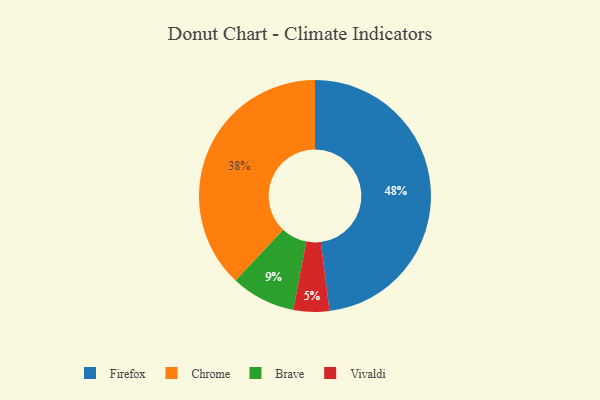
{"axis": {"x": "Category", "y": "Percentage"}, "legend": ["Brave", "Chrome", "Firefox", "Vivaldi"], "data": [{"x": "Vivaldi", "y": 5, "type": "Vivaldi"}, {"x": "Brave", "y": 9, "type": "Brave"}, {"x": "Chrome", "y": 38, "type": "Chrome"}, {"x": "Firefox", "y": 48, "type": "Firefox"}]}